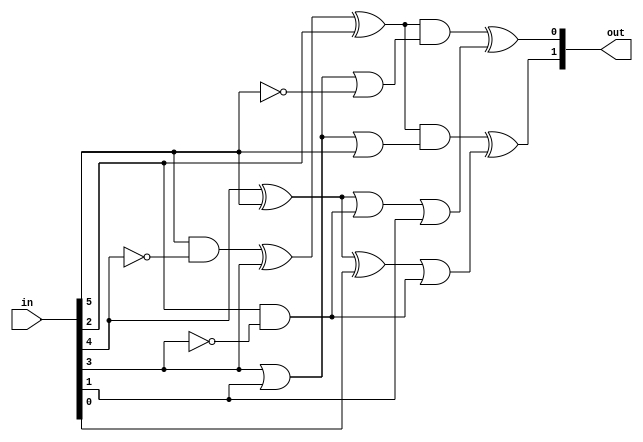
// SPDX-License-Identifier: MIT
// SPDX-FileCopyrightText: 2022 Tamas Hubai

`default_nettype none

module u22 (
    input [5:0] in,
    output [1:0] out
);

wire a, b, c, d, e, f;
assign {a, b, c, d, e, f} = in;

wire x = (((a&~b)^c^d)&(c|e|a))^((b^a^f)|(d&~c));
wire y = (((a&~b)^c^d)&(c|e|~a))^((b^a)|(d&~c)|e);

assign out = {x, y};

endmodule